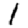
Digit: 1